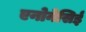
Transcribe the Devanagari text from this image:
एनोनेसिई